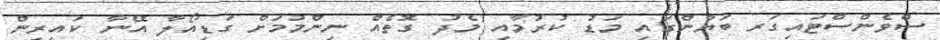
ސްވެންސްޓައިގަރ ބަޔާންގައި މަޑު ކުރުމާއި މެދު ގޮތެއް ނިންމުމަށް ގަޑިއޯލާ އޭނާ ކައިރިން